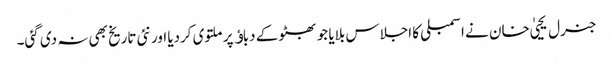
جنرل یحییٰ خان نے اسمبلی کا اجلاس بلایا جو بھٹو کے دباﺅ پر ملتوی کردیا اور نئی تاریخ بھی نہ دی گئی۔